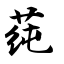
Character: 莼